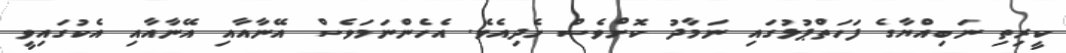
ކީރިތި ނަބިއްޔާގެ ފަހަތްޕުޅުގައި ނަމާދު ކޮށްވެސް ހެދިއެވެ. އެހެންނަމަވެސް އޭނާއާއި އޭނާއާއި އެކުގައިވީ